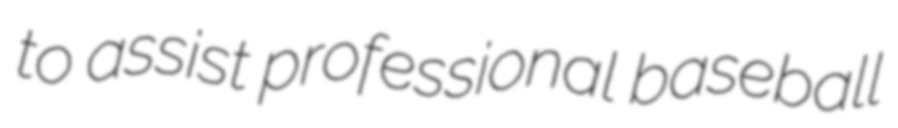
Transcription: to assist professional baseball